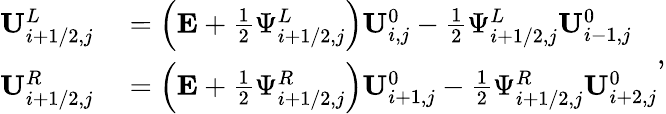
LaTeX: \begin{array}{rl}{\mathbf{U}_{i+1/2,j}^{L}}&{{}=\left(\mathbf{E}+\frac{1}{2}\Psi_{i+1/2,j}^{L}\right)\mathbf{U}_{i,j}^{0}-\frac{1}{2}\Psi_{i+1/2,j}^{L}\mathbf{U}_{i-1,j}^{0}}\\ {\mathbf{U}_{i+1/2,j}^{R}}&{{}=\left(\mathbf{E}+\frac{1}{2}\Psi_{i+1/2,j}^{R}\right)\mathbf{U}_{i+1,j}^{0}-\frac{1}{2}\Psi_{i+1/2,j}^{R}\mathbf{U}_{i+2,j}^{0}}\end{array},